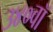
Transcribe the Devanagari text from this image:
३४०वॉ